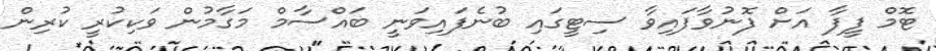
ޓޮމް ފީފާ އަށް ފޮނުވާފައިވާ ސިޓީގައި ބުނެފައިވަނީ ބައްސާމް މަގާމުން ވަކިކުރީ ކުރިން